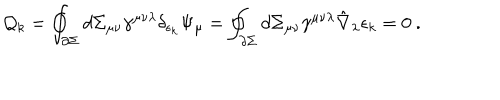
{ \cal Q } _ { k } = \oint _ { \partial \Sigma } d \Sigma _ { \mu \nu } \gamma ^ { \mu \nu \lambda } \delta _ { \epsilon _ { k } } \Psi _ { \mu } = \oint _ { \partial \Sigma } d \Sigma _ { \mu \nu } \gamma ^ { \mu \nu \lambda } \hat { \nabla } _ { \lambda } \epsilon _ { k } = 0 \ .